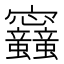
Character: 𡬛